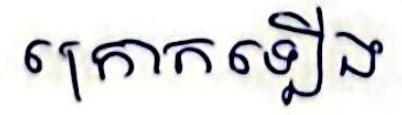
ក្រោកឡើង